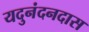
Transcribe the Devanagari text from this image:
यदुनंदनदास